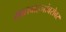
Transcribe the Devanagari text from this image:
सातवाहनांबरोबर